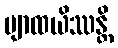
ဗျာထယိဿန္တိ